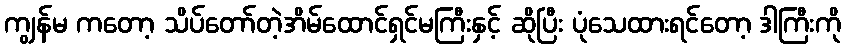
ကျွန်မ ကတော့ သိပ်တော်တဲ့အိမ်ထောင်ရှင်မကြီးနှင့် ဆိုပြီး ပုံသေထားရင်တော့ ဒါကြီးကို